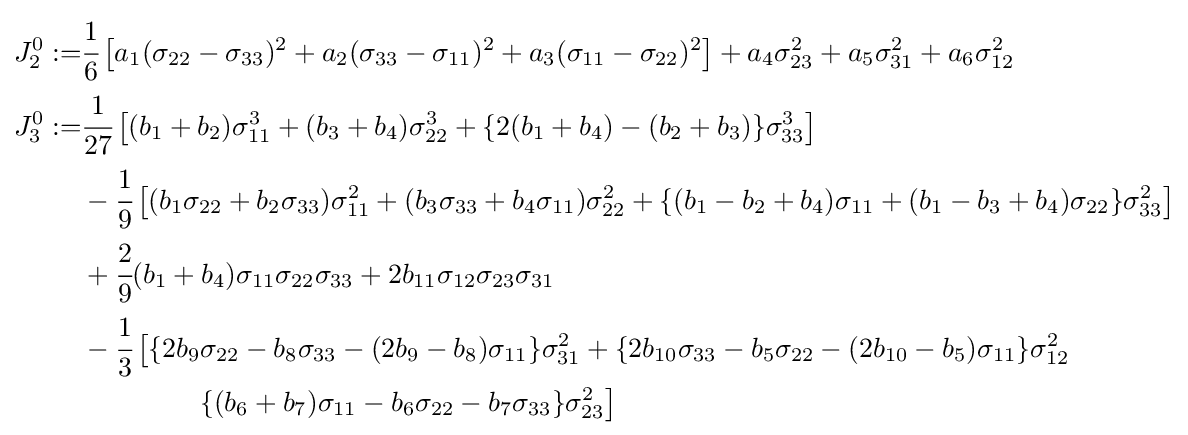
{\begin{aligned}J_{2}^{0}:=&{\cfrac {1}{6}}\left[a_{1}(\sigma _{22}-\sigma _{33})^{2}+a_{2}(\sigma _{33}-\sigma _{11})^{2}+a_{3}(\sigma _{11}-\sigma _{22})^{2}\right]+a_{4}\sigma _{23}^{2}+a_{5}\sigma _{31}^{2}+a_{6}\sigma _{12}^{2}\\J_{3}^{0}:=&{\cfrac {1}{27}}\left[(b_{1}+b_{2})\sigma _{11}^{3}+(b_{3}+b_{4})\sigma _{22}^{3}+\{2(b_{1}+b_{4})-(b_{2}+b_{3})\}\sigma _{33}^{3}\right]\\&-{\cfrac {1}{9}}\left[(b_{1}\sigma _{22}+b_{2}\sigma _{33})\sigma _{11}^{2}+(b_{3}\sigma _{33}+b_{4}\sigma _{11})\sigma _{22}^{2}+\{(b_{1}-b_{2}+b_{4})\sigma _{11}+(b_{1}-b_{3}+b_{4})\sigma _{22}\}\sigma _{33}^{2}\right]\\&+{\cfrac {2}{9}}(b_{1}+b_{4})\sigma _{11}\sigma _{22}\sigma _{33}+2b_{11}\sigma _{12}\sigma _{23}\sigma _{31}\\&-{\cfrac {1}{3}}\left[\{2b_{9}\sigma _{22}-b_{8}\sigma _{33}-(2b_{9}-b_{8})\sigma _{11}\}\sigma _{31}^{2}+\{2b_{10}\sigma _{33}-b_{5}\sigma _{22}-(2b_{10}-b_{5})\sigma _{11}\}\sigma _{12}^{2}\right.\\&\qquad \qquad \left.\{(b_{6}+b_{7})\sigma _{11}-b_{6}\sigma _{22}-b_{7}\sigma _{33}\}\sigma _{23}^{2}\right]\end{aligned}}